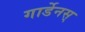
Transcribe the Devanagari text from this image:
गार्डेनस्